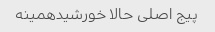
پیج اصلی حالا خورشیدهمینه